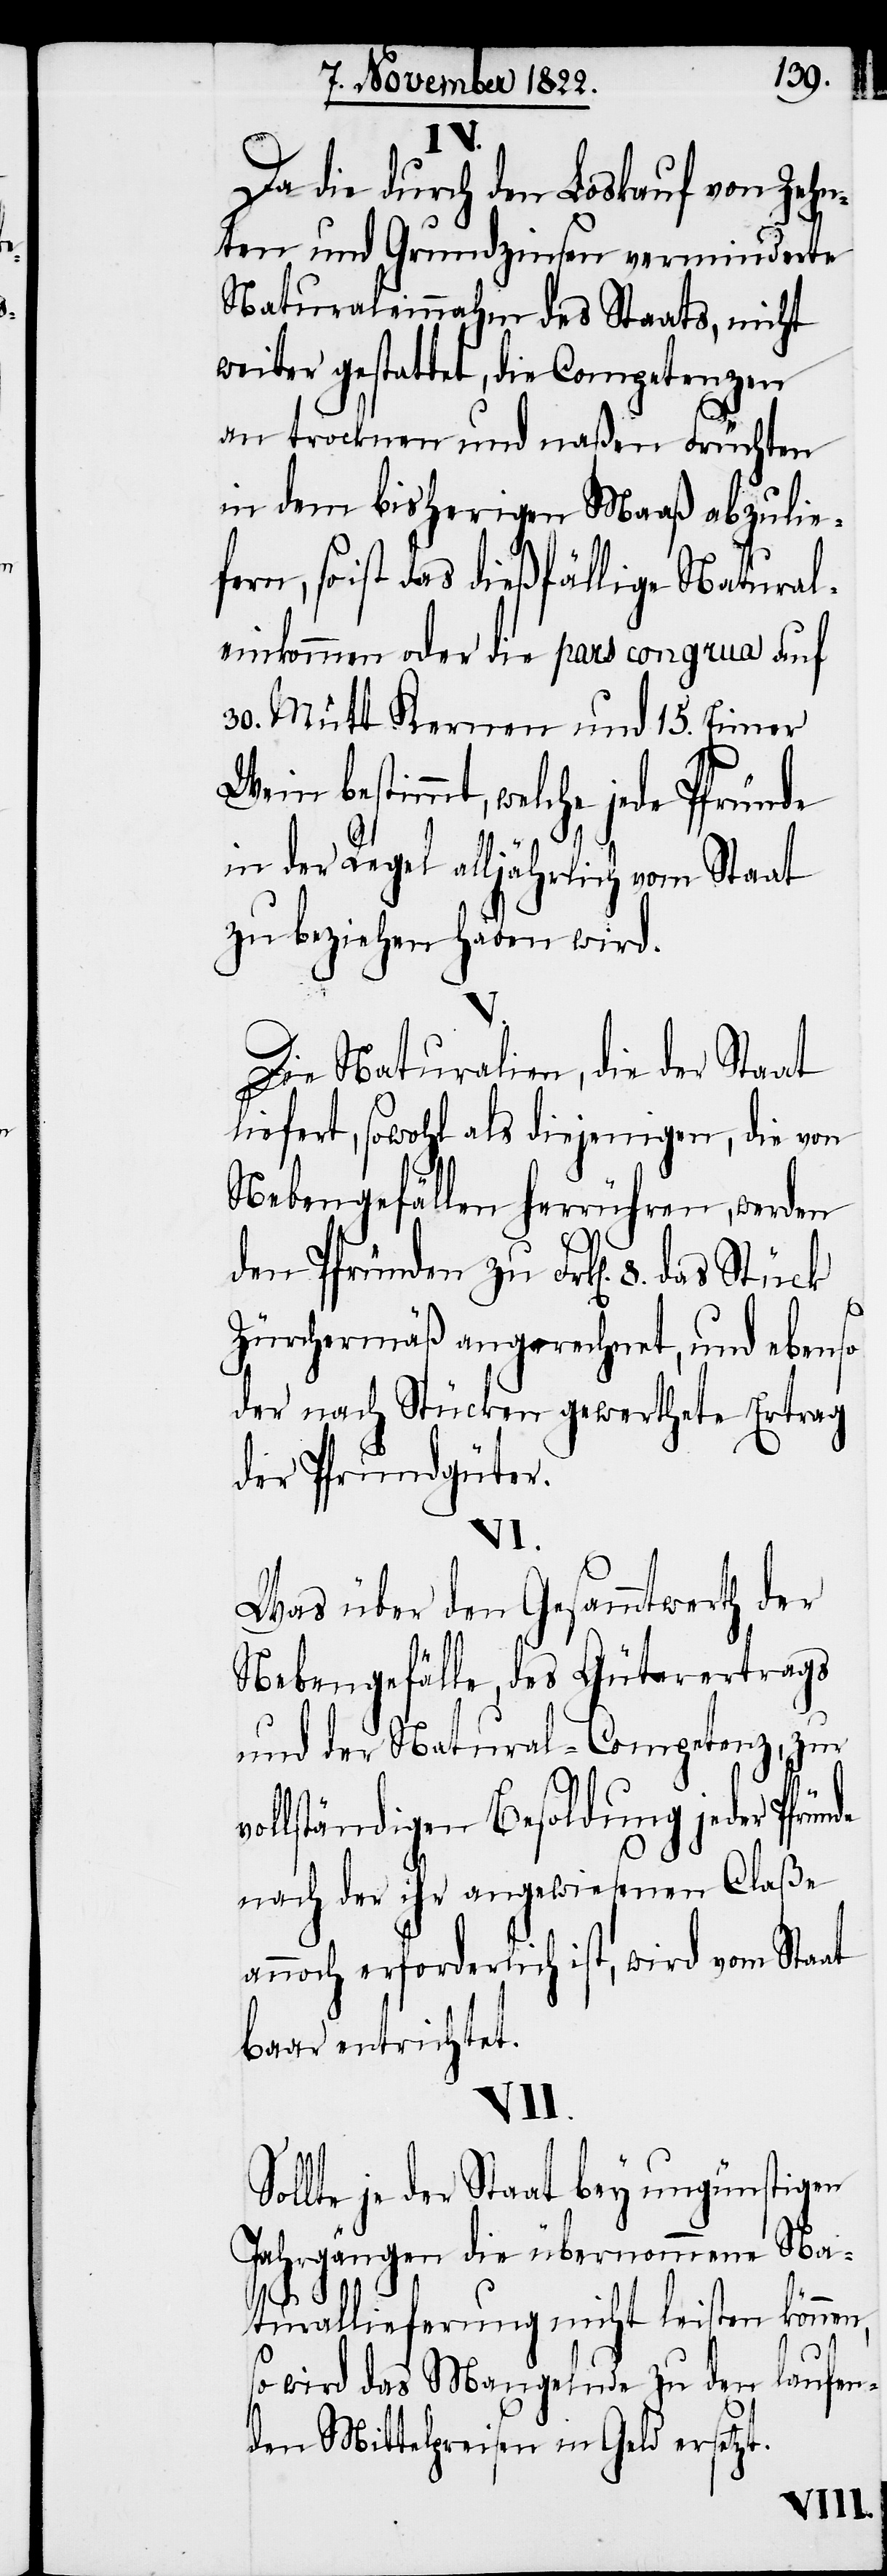
Da die durch den Loskauf von Zehn¬
ten und Grundzinsen verminderte
Naturaleinnahm des Staats, nicht
weiter gestattet, die Competenzen
an trocknen und naßen Früchten
in dem bisherigen Maaß abzulie¬
fern, so ist das dießfällige Natural¬
einkommen oder die pars congrua auf
30. Mütt Kernen und 15. Eimer
Wein bestimmt, welche jede
in der Regel alljählrich vom Staat
zu beziehen haben wird.
Die Naturalien, die der Staat
liefert, sowohl als diejenigen, die von
Nebengefällen herrühren, werden
den Pfründen zu Frk[en]. 8. das Stück
ünde
Zürchermäß angerechnet, und ebenso
der nach Stücken gewerthete Ertrag
der Pfrundgüter.
VI.
Was über den Gesammtwerth der
Nebengefälle, des Güterertrags
und der Natural-Competenz, zur
ollständigen Besoldung jeder Pfr¬
nach der ihr angewiesenen Claße
annoch erforderlich ist, wird vom Staat
baar entrichtet.
VII.
Sollte je der Staat bey ungünstigen
Jahrgängen die übernommene Na¬
turallieferung nicht leisten können,
so wird das Mangelnde zu den laufen¬
den Mittelpreisen in Geld ersetzt.